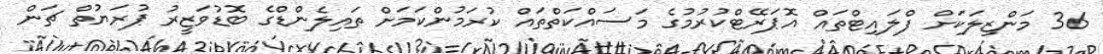
36 މަންޒިލަކަށް ފްލައިޓްތައް އޮޕަރޭޓްކުރުމުގެ މަސައްކަތްތައް ކުރަމުންކަމަށް ތައިލެންޑްގެ ބޮޑުވަޒީރު ޕުރަޔުތް ޗަން